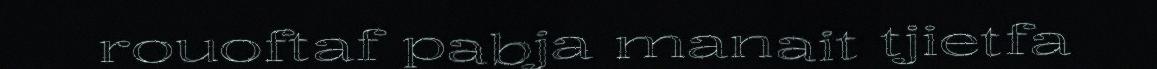
rouoftaf pabja manait tjietfa